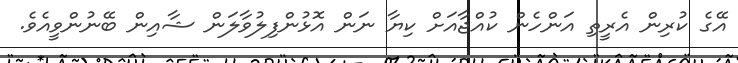
އޭގެ ކުރިން އެރީތި އަންހެން ކުއްޖާއަށް ކިޔާ ނަން އޮޅުންފިލުވާލަން ޝާއިން ބޭނުންވީއެވެ.